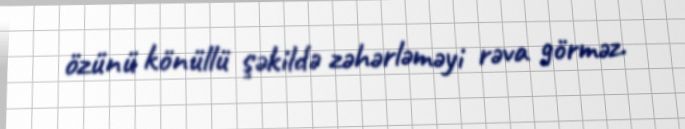
özünü könüllü şəkildə zəhərləməyi rəva görməz.